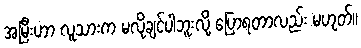
အမြီးဟာ လူသားက မလိုချင်ပါဘူးလို့ ပြောရတာလည်း မဟုတ်။